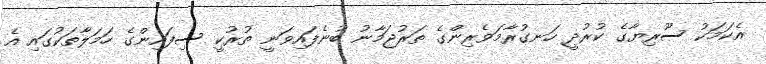
އެކަމަކު ސޫރިޔާގެ ކުރުދީ ހަނގުރާމަވެރިންގެ ތަރުޖަމާނު ބުނެފައިވަނީ ތުރުކީ ސިފައިންގެ ހަމަލާތަކުގައި އެ